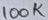
Text: 100K